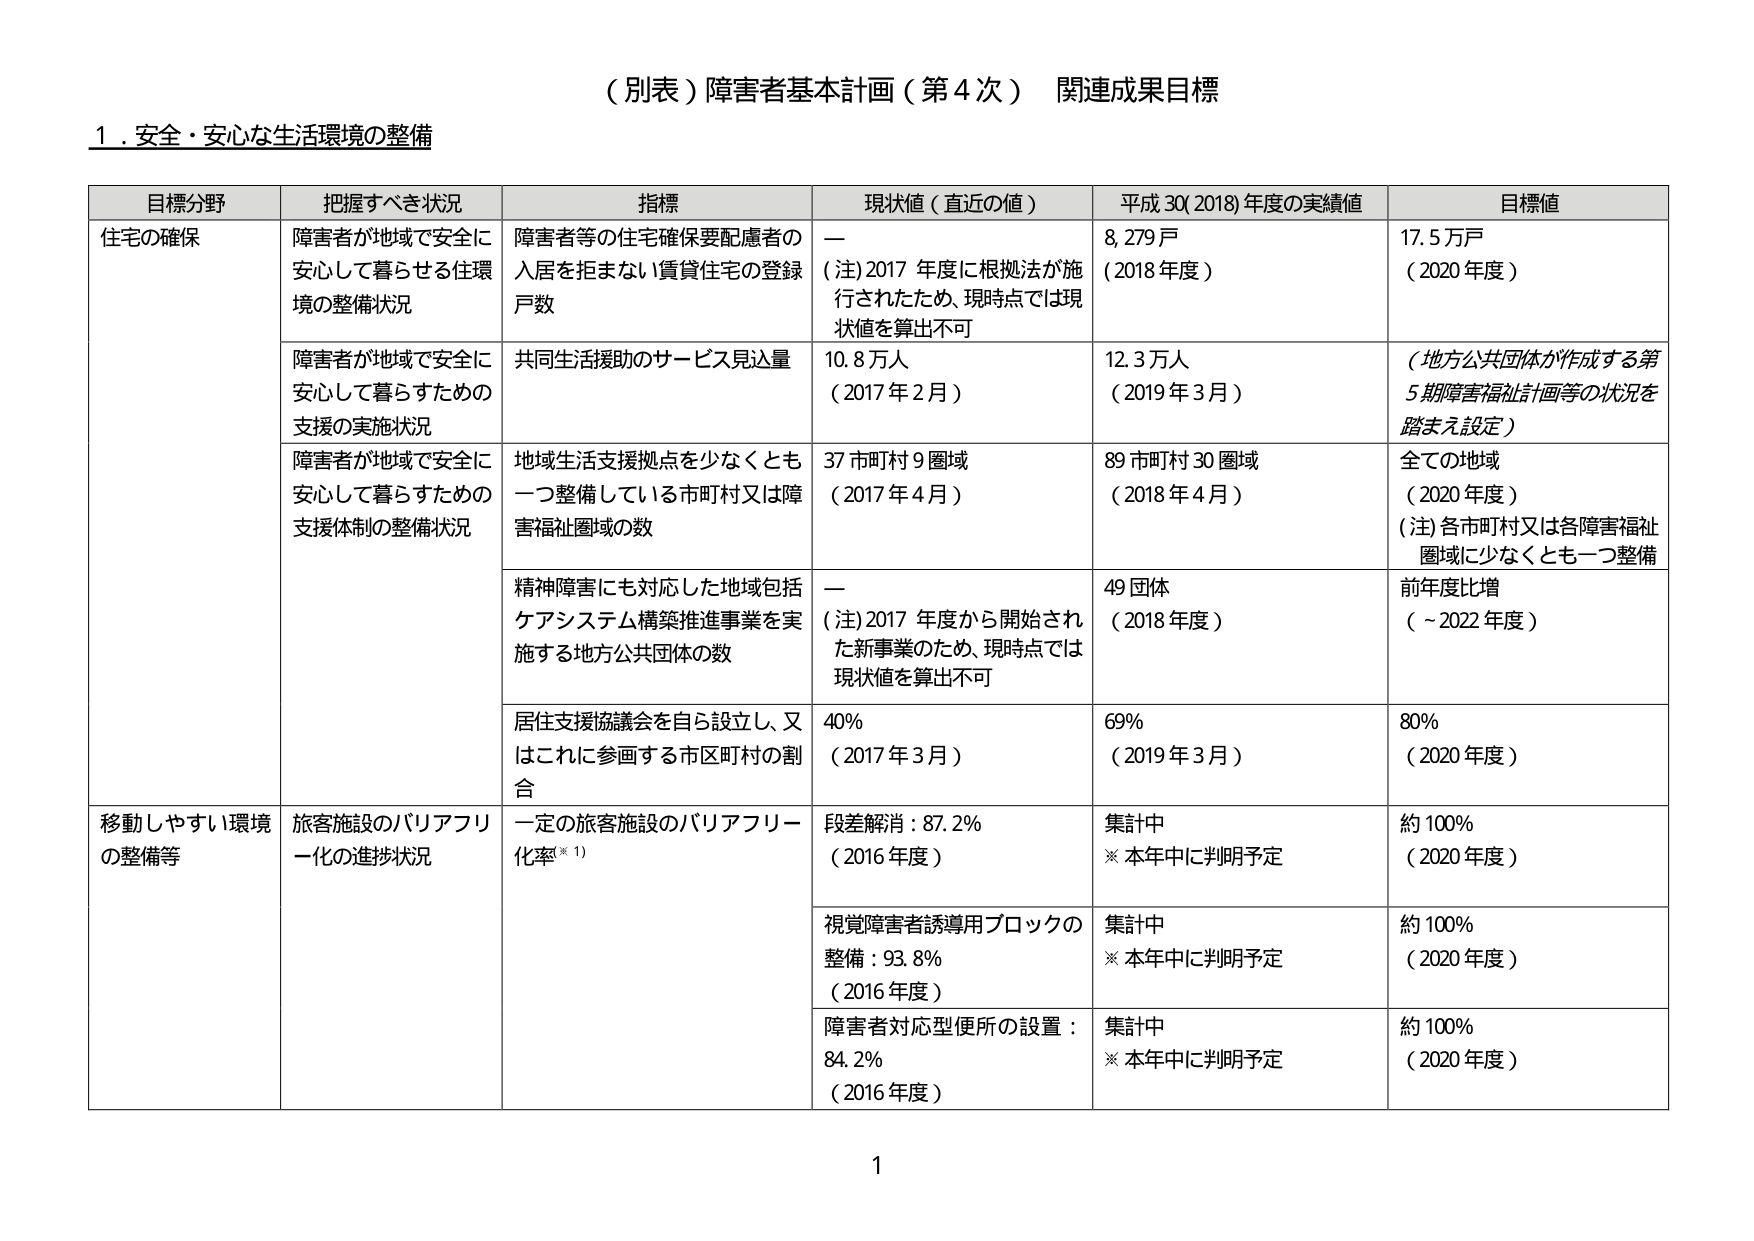
（別表）障害者基本計画（第４次） 関連成果目標

１．安全・安心な生活環境の整備

目標分野 把握すべき状況 指標 現状値（直近の値） 平成30（2018）年度の実績値 目標値

住宅の確保 障害者が地域で安全に安心して暮らせる住環境の整備状況 障害者等の住宅確保要配慮者の入居を拒まない賃貸住宅の登録戸数 — （注）2017年度に根拠法が施行されたため、現時点では現状値を算出不可 8,279戸 （2018年度） 17.5万戸 （2020年度）

障害者が地域で安全に安心して暮らすための支援の実施状況 共同生活援助のサービス見込量 10.8万人 （2017年2月） 12.3万人 （2019年3月） （地方公共団体が作成する第5期障害福祉計画等の状況を踏まえ設定）

障害者が地域で安全に安心して暮らすための支援体制の整備状況 地域生活支援拠点を少なくとも一つ整備している市町村又は障害福祉圏域の数 37市町村9圏域 （2017年4月） 89市町村30圏域 （2018年4月） 全ての地域 （2020年度） （注）各市町村又は各障害福祉圏域に少なくとも一つ整備

精神障害にも対応した地域包括ケアシステム構築推進事業を実施する地方公共団体の数 — （注）2017年度から開始された新事業のため、現時点では現状値を算出不可 49団体 （2018年度） 前年度比増 （～2022年度）

居住支援協議会を自ら設立し、又はこれに参画する市区町村の割合 40% （2017年3月） 69% （2019年3月） 80% （2020年度）

移動しやすい環境の整備等 旅客施設のバリアフリー化の進捗状況 一定の旅客施設のバリアフリー化率※1） 段差解消：87.2% （2016年度） 集計中 ※本年中に判明予定 約100% （2020年度）

視覚障害者誘導用ブロックの整備：93.8% （2016年度） 集計中 ※本年中に判明予定 約100% （2020年度）

障害者対応型便所の設置：84.2% （2016年度） 集計中 ※本年中に判明予定 約100% （2020年度）

1